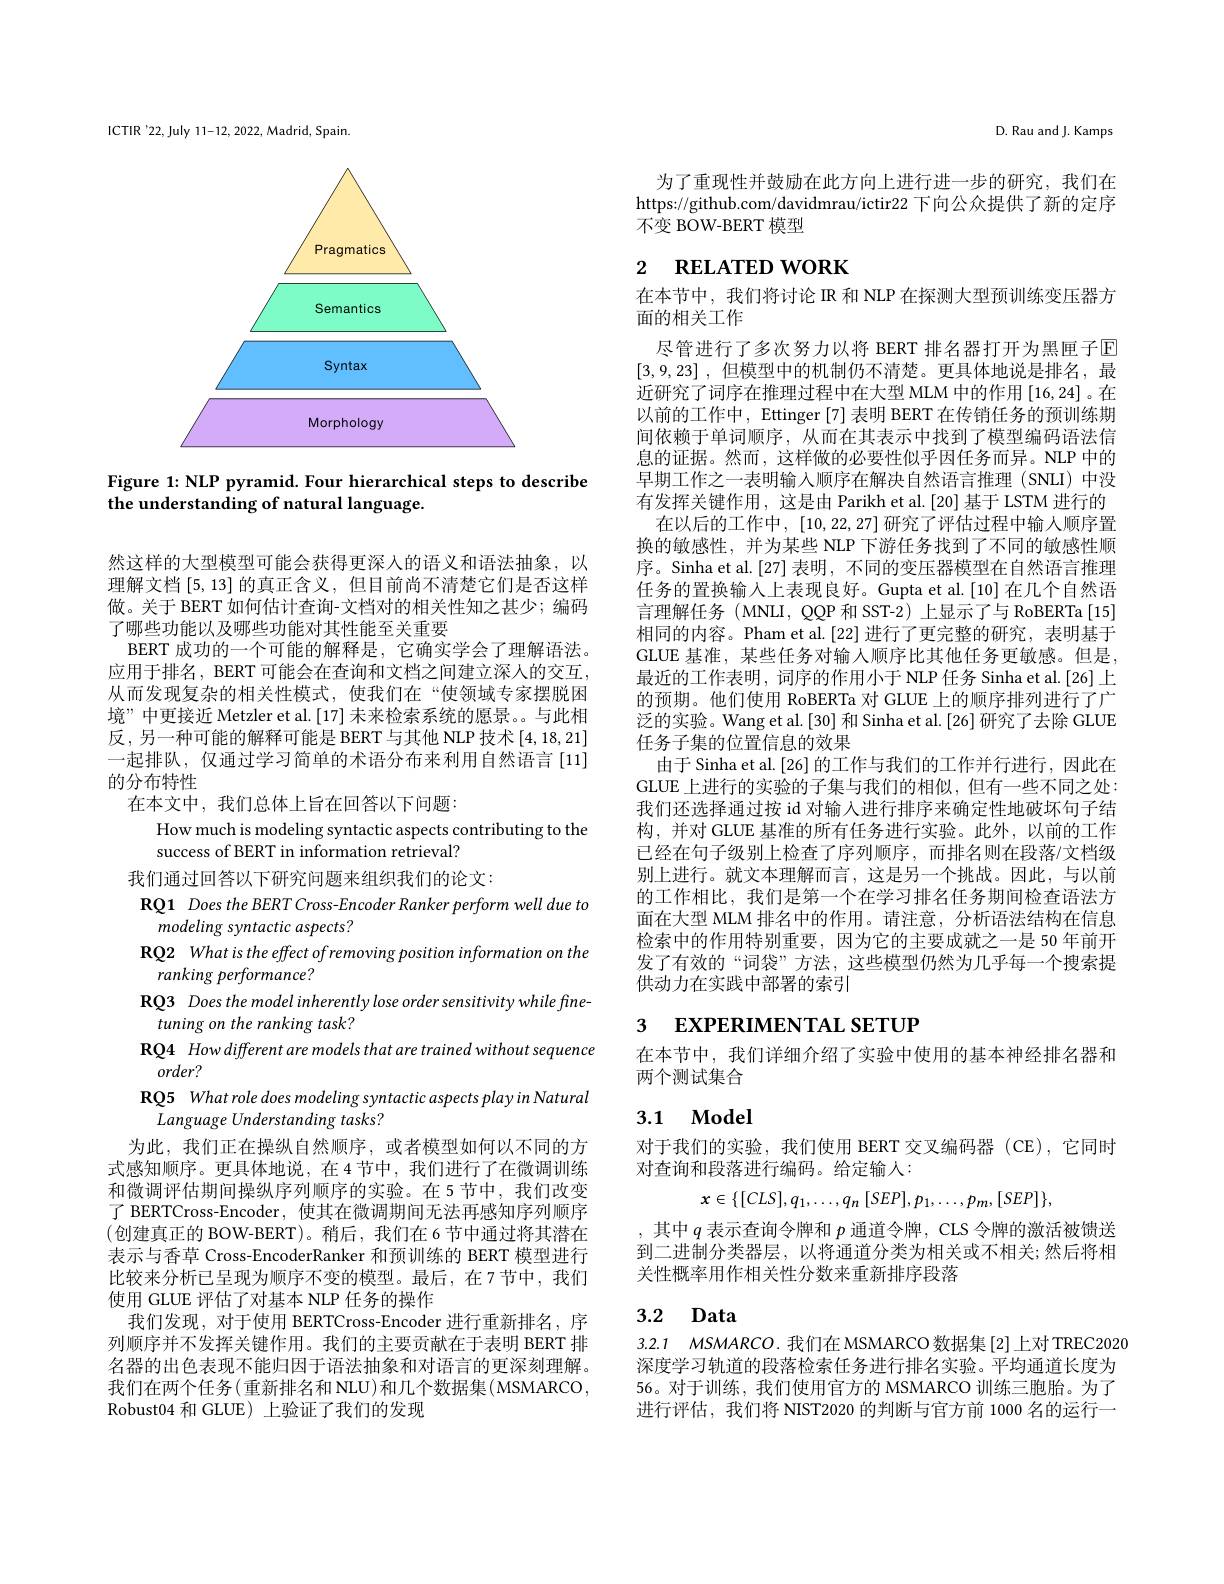
ICTIR'22, July 11-12, 2022, Madrid, Spain.

<FigureHere>

Figure 1: NLP pyramid. Four hierarchical steps to describe
the understanding of natural language.

然这样的大型模型可能会获得更深人的语义和语法抽象，以理解文档[5,13]的真正含义，但目前尚不清楚它们是否这样做。关于 BERT 如何估计查询-文档对的相关性知之甚少；编码了哪些功能以及哪些功能对其性能至关重要
BERT 成功的一个可能的解释是，它确实学会了理解语法。应用于排名，BERT 可能会在查询和文档之间建立深人的交互， 从而发现复杂的相关性模式，使我们在“使领域专家摆脱困境”中更接近 Metzler et al.[17] 未来检索系统的愿景。与此相反，另一种可能的解释可能是 BERT 与其他 NLP 技术[4,18,21] 一起排队，仅通过学习简单的术语分布来利用自然语言[11] 的分布特性
在本文中，我们总体上旨在回答以下问题：
How much is modeling syntactic aspects contributing to the
success of BERT in information retrieval?
我们通过回答以下研究问题来组织我们的论文：
RQ1 Does the BERT Cross-Encoder Ranker perform well due to
modeling syntactic aspects?
RQ2 What is the effect ofremoving position information on the
ranking performance?
RQ3 Does the model inherently lose order sensitivity while fine-
tuning on the ranking task?
RQ4 How different are models that are trained without sequence
$order?$
RQ5 What role does modeling syntactic aspects play in Natural
Language Understanding tasks?
为此，我们正在操纵自然顺序，或者模型如何以不同的方式感知顺序。更具体地说，在4节中，我们进行了在微调训练和微调评估期间操纵序列顺序的实验。在5节中，我们改变了 BERTCross-Encoder, 使其在微调期间无法再感知序列顺序(创建真正的 BOW-BERT)。稍后，我们在 6 节中通过将其潜在表示与香草 Cross-EncoderRanker 和预训练的 BERT 模型进行比较来分析已呈现为顺序不变的模型。最后，在7节中，我们使用 GLUE 评估了对基本 NLP 任务的操作
我们发现，对于使用 BERTCross-Encoder 进行重新排名，序列顺序并不发挥关键作用。我们的主要贡献在于表明 BERT 排名器的出色表现不能归因于语法抽象和对语言的更深刻理解。我们在两个任务(重新排名和 NLU)和几个数据集(MSMARCO, Robust04 和 GLUE) 上验证了我们的发现

D. Rau and J. Kamps

为了重现性并鼓励在此方向上进行进一步的研究，我们在https://github.com/davidmrau/ictir22 下向公众提供了新的定序$\bar{\text{不变 BOW-BERT 模型}}$

# 2 RELATED WORK

在本节中，我们将讨论 R 和 NLP 在探测大型预训练变压器方
面的相关工作
尽管进行了多次努力以将 BERT 排名器打开为黑匣子回[3,9,23] ,但模型中的机制仍不清楚。更具体地说是排名，最近研究了词序在推理过程中在大型 MLM 中的作用[16,24]。在以前的工作中，Ettinger [7] 表明 BERT 在传销任务的预训练期间依赖于单词顺序，从而在其表示中找到了模型编码语法信息的证据。然而，这样做的必要性似乎因任务而异。NLP 中的早期工作之一表明输入顺序在解决自然语言推理(SNLI)中没有发挥关键作用，这是由 Parikh et al.[20] 基于 LSTM 进行的
在以后的工作中，[10,22,27]研究了评估过程中输人顺序置换的敏感性，并为某些 NLP 下游任务找到了不同的敏感性顺序。Sinha et al.[27] 表明，不同的变压器模型在自然语言推理任务的置换输入上表现良好。Gupta et al.[10] 在几个自然语言理解任务(MNLI, QQP 和 SST-2) 上显示了与 RoBERTa[15] 相同的内容。Pham et al.[22] 进行了更完整的研究，表明基于GLUE 基准，某些任务对输入顺序比其他任务更敏感。但是， 最近的工作表明，词序的作用小于 NLP 任务 Sinha et al.[26] 上的预期。他们使用 RoBERTa 对 GLUE 上的顺序排列进行了广泛的实验。Wang et al.[30] 和 Sinha et al.[26] 研究了去除 GLUE 任务子集的位置信息的效果
由于 Sinha et al. [26] 的工作与我们的工作并行进行，因此在GLUE 上进行的实验的子集与我们的相似，但有一些不同之处： 我们还选择通过按 id 对输入进行排序来确定性地破坏句子结构，并对 GLUE 基准的所有任务进行实验。此外，以前的工作已经在句子级别上检查了序列顺序，而排名则在段落/文档级别上进行。就文本理解而言，这是另一个挑战。因此，与以前的工作相比，我们是第一个在学习排名任务期间检查语法方面在大型 MLM 排名中的作用。请注意，分析语法结构在信息检索中的作用特别重要，因为它的主要成就之一是 50 年前开发了有效的“词袋”方法，这些模型仍然为几乎每一个搜索提供动力在实践中部署的索引

# 3 EXPERIMENTAL SETUP

在本节中，我们详细介绍了实验中使用的基本神经排名器和
两个测试集合

## 3.1 $\mathbf{Model}$

对于我们的实验，我们使用 BERT 交叉编码器(CE),它同时
对查询和段落进行编码。给定输人：
$$x\in\{[CLS],q_{1},\ldots,q_{n}\:[SEP],p_{1},\ldots,p_{m},[SEP]\},$$
,其中$q$表示查询令牌和$p$通道令牌，CLS 令牌的激活被馈送到二进制分类器层，以将通道分类为相关或不相关；然后将相关性概率用作相关性分数来重新排序段落

## 3.2 Data

3.2.1 $MSMARCO.$我们在 MSMARCO 数据集[2]上对 TREC2020深度学习轨道的段落检索任务进行排名实验。平均通道长度为56。对于训练，我们使用官方的 MSMARCO 训练三胞胎。为了进行评估，我们将 NIST2020 的判断与官方前 1000 名的运行一